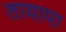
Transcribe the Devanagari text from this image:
तायापा